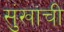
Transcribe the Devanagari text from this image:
सुंखांची